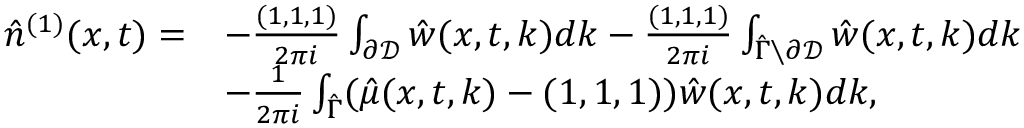
\begin{array} { r l } { \hat { n } ^ { ( 1 ) } ( x , t ) = } & { - \frac { ( 1 , 1 , 1 ) } { 2 \pi i } \int _ { \partial \mathcal { D } } \hat { w } ( x , t , k ) d k - \frac { ( 1 , 1 , 1 ) } { 2 \pi i } \int _ { \hat { \Gamma } \setminus \partial \mathcal { D } } \hat { w } ( x , t , k ) d k } \\ & { - \frac { 1 } { 2 \pi i } \int _ { \hat { \Gamma } } ( \hat { \mu } ( x , t , k ) - ( 1 , 1 , 1 ) ) \hat { w } ( x , t , k ) d k , } \end{array}